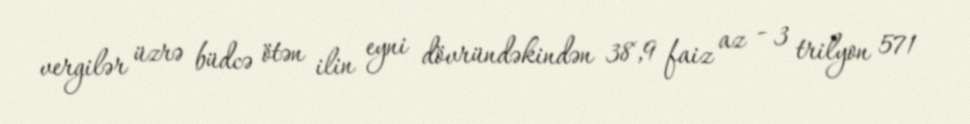
vergilər üzrə büdcə ötən ilin eyni dövründəkindən 38,9 faiz az - 3 trilyon 571